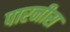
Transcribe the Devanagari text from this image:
पारनीस